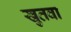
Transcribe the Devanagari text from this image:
खुतवा